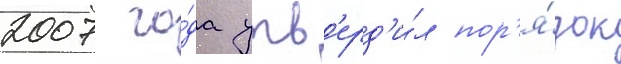
2007 го́да утв'ерд'и́л пор'я́док